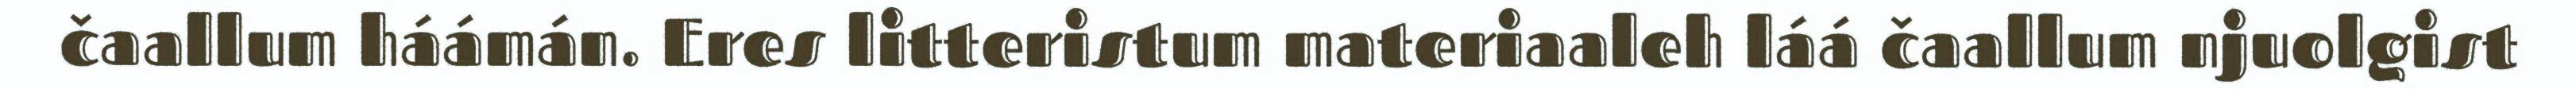
čaallum háámán. Eres litteristum materiaaleh láá čaallum njuolgist